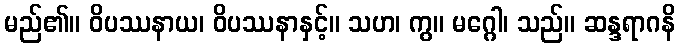
မည်၏။ ဝိပဿနာယ၊ ဝိပဿနာနှင့်။ သဟ၊ ကွ။ မဂ္ဂေါ၊ သည်။ ဆန္ဒရာဂနိ